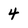
Character: 4